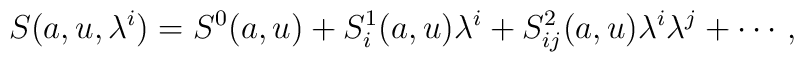
S(a,u,\lambda^i)=S^0(a,u)+S^1_i(a,u)\lambda^i+S^2_{ij}(a,u)\lambda^i\lambda^j+\cdots \, ,